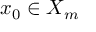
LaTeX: x _ { 0 } \in X _ { m }